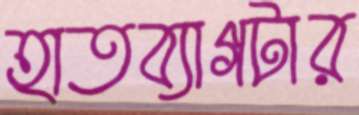
হাতব্যাগটার